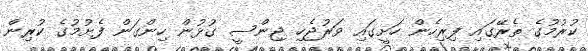
ކުރުމުގެ ތެރޭގައި ފިރިހެން ހަށީގައި ވަރުޖެހި ޖިންސީ ގުޅުން ހިންގަން ފެށުމުގެ ކުރިން